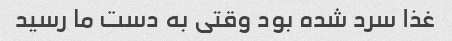
غذا سرد شده بود وقتی به دست ما رسید